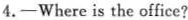
4.—Where is the office?